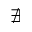
\nexists